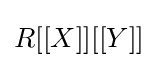
R[[X]][[Y]]